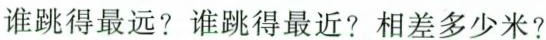
谁跳得最远?谁跳得最近?相差多少米?